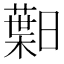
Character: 𱢯